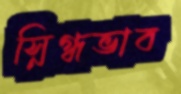
স্নিগ্ধভাব